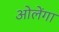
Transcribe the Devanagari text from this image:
ओलेंगा